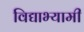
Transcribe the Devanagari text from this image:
विद्याभ्यामी